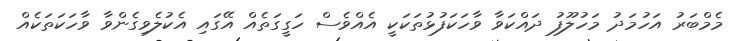
މެމްބަރު އަހުމަދު މަހުލޫފު ދައްކަވާ ވާހަކަފުޅުތަކަކީ އެއްވެސް ހަގީގަތެއް އޭގައި އެކުލެވިގެންވާ ވާހަކަތަކެއް